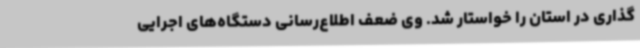
‌گذاری در استان را خواستار شد. وی ضعف اطلاع‌رسانی دستگاه‌های اجرایی